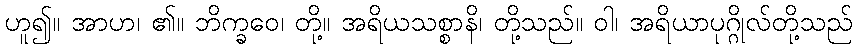
ဟူ၍။ အာဟ၊ ၏။ ဘိက္ခဝေ၊ တို့။ အရိယသစ္စာနိ၊ တို့သည်။ ဝါ၊ အရိယာပုဂ္ဂိုလ်တို့သည်